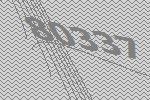
80337